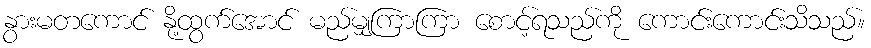
နွားမတကောင် နို့ထွက်အောင် မည်မျှကြာကြာ စောင့်ရသည်ကို ကောင်းကောင်းသိသည်။